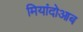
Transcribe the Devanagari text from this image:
मियांदोआब